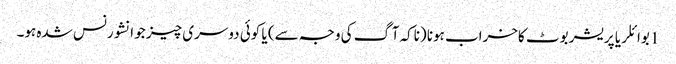
1 بوائلر یا پریشر بوٹ کاخراب ہونا (ناکہ آگ کی وجہ سے) یا کوئی دوسری چیز جو انشورنس شدہ ہو۔